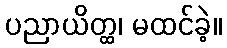
ပညာယိတ္ထ၊ မထင်ခဲ့။